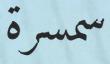
سمسرة